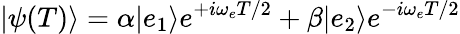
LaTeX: {\left|{\psi(T)}\right\rangle}=\alpha{\left|{e_{1}}\right\rangle}e^{+i\omega_{e}T/2}+\beta{\left|{e_{2}}\right\rangle}e^{-i\omega_{e}T/2}